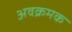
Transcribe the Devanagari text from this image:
अवक्रमक